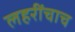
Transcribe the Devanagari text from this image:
लहरींचाच